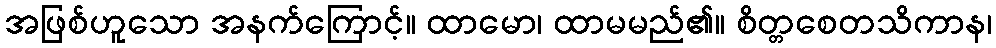
အဖြစ်ဟူသော အနက်ကြောင့်။ ထာမော၊ ထာမမည်၏။ စိတ္တစေတသိကာန၊